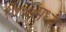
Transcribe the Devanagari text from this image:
१७७७मध्ये